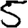
Digit: 5